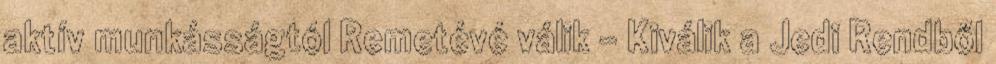
aktív munkásságtól Remetévé válik - Kiválik a Jedi Rendből